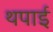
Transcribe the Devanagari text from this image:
थपाई